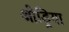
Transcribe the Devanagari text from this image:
ओड्रिया